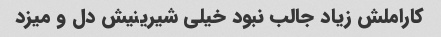
کاراملش زیاد جالب نبود خیلی شیرینیش دل و میزد